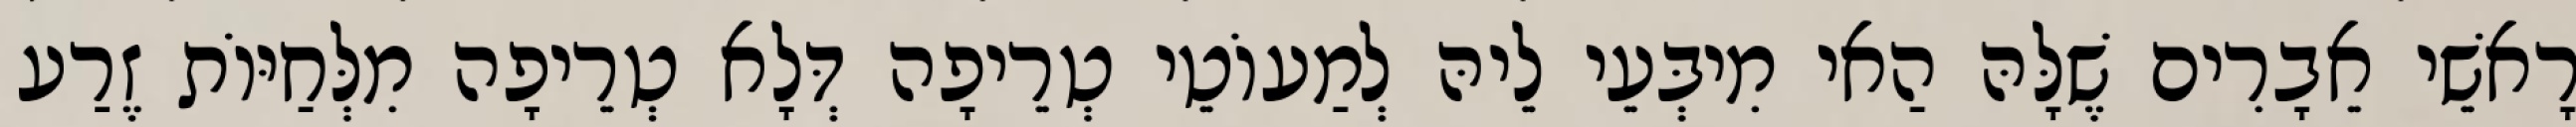
רָאשֵׁי אֵבָרִים שֶׁלָּהּ הַאי מִיבְּעֵי לֵיהּ לְמַעוֹטֵי טְרֵיפָה דְּלָא טְרֵיפָה מִלְּחַיּוֹת זֶרַע